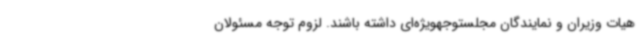
هیات وزیران و نمایندگان مجلستوجهویژه‌ای داشته باشند. لزوم توجه مسئولان